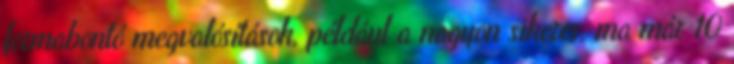
formabontó megvalósítások, például a nagyon sikeres, ma már 10